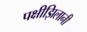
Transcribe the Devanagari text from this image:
पक्षीझिलानी